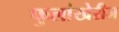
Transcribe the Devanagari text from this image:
फुलांखेरीज